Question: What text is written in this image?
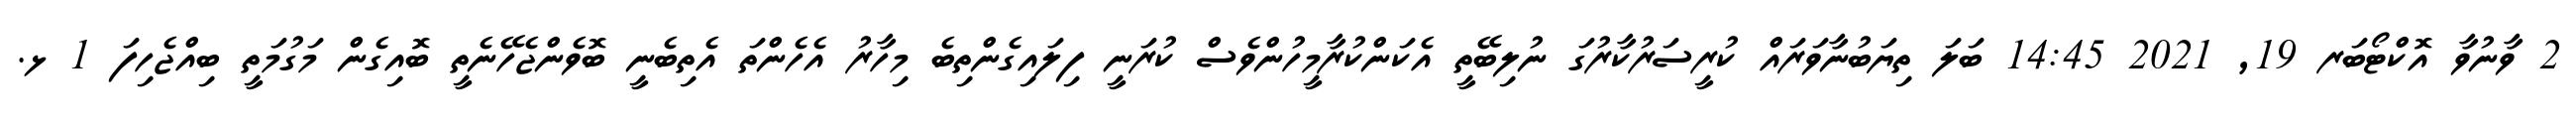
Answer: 2 ވާނުވާ އޮކްޓޯބަރ 19, 2021 14:45 ބަލަ ތިޔަބުނާވަރައް ކުރީސަރުކާރުގަ ނުލިބޭތީ އެކަންކުރާމީހުންވެސް ކުރަނީ ފިލައިގެންތިބެ މިހާރު އެހެންތަ އެތިބެނީ ބޮވެންޖެހޭނެތީ ބޮއިގެން މަގުމަތީ ބިއްޖެހިފަ 1 ޅ.